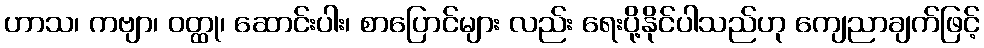
ဟာသ၊ ကဗျာ၊ ဝတ္ထု၊ ဆောင်းပါး၊ စာပြောင်များ လည်း ရေးပို့နိုင်ပါသည်ဟု ကျေညာချက်ဖြင့်